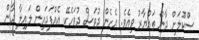
ސްކޫލަށް ދާން ތައްޔާރު ވިއެވެ. އެހެން ދުވަސް ދުވަހެކޭ އެއްފަދައިން ލައިލާ ދާން